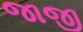
જાજી